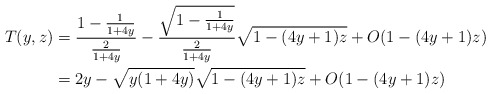
\begin{align*} T(y, z)&=\frac{1-\frac1{1+4y}}{\frac{2}{1+4y}}-\frac{\sqrt{1-\frac{1}{1+4y}}}{\frac{2}{1+4y}}\sqrt{1-(4y+1)z} + O(1- (4y+1)z)\\ &= 2y - \sqrt{y(1+4y)}\sqrt{1-(4y+1)z} + O(1- (4y+1)z) \end{align*}